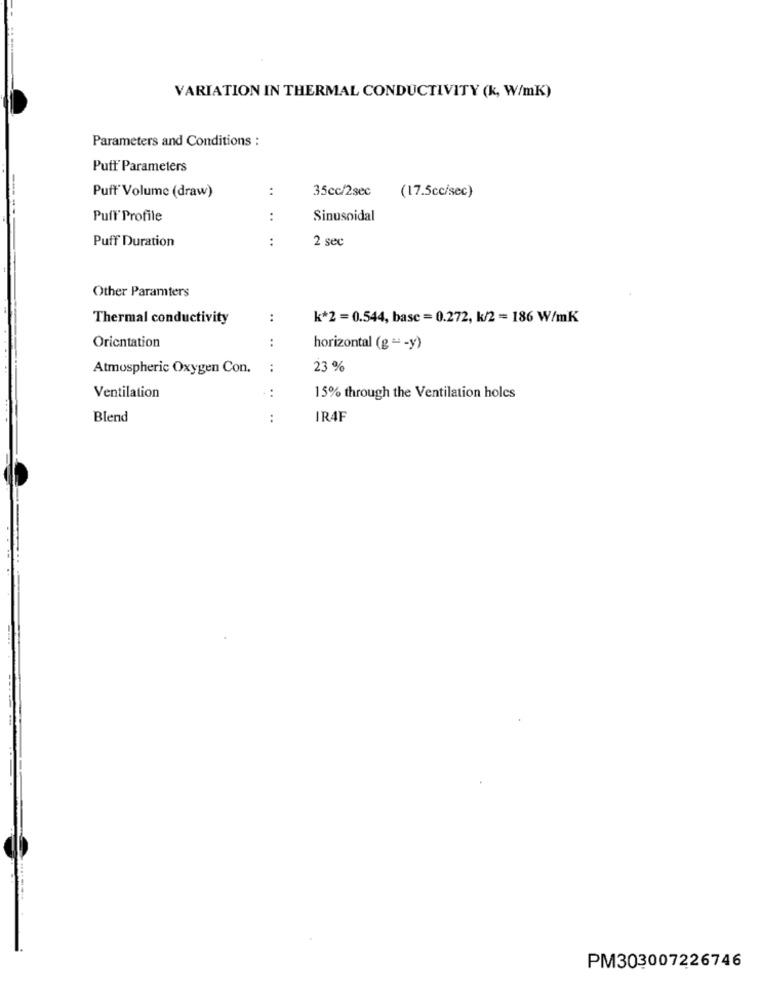
VARIATION IN THERMAL CONDUCTIVITY (k, W/mK)
Parameters and Conditions :
Puff Parameters
Puff Volume (draw)
:
35cc/2sec
(17.5cc/sec)
Puff' Profile
:
Sinusoidal
Puff Duration
..
2 sec
Other Paramters
Thermal conductivity
:
k*2 = 0.544, basc = 0.272, k/2 = 186 W/mK
Orientation
:
horizontal (g = - y)
Atmospheric Oxygen Con.
:
23 %
Ventilation
. .
15% through the Ventilation holes
Blend
..
IR4F
PM303007226746